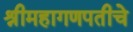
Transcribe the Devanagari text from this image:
श्रीमहागणपतीचे